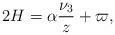
LaTeX: \begin{align*}2H=\alpha\frac{\nu _3}{z}+\varpi,\end{align*}